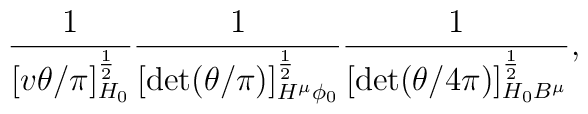
\frac{1}{[v\theta/\pi]_{H_{\scriptscriptstyle 0}}^{\frac{1}{2}}}  \frac{1}{[\det(\theta/\pi)]_{H^{\mu}\phi_{\scriptscriptstyle 0}}  ^{\frac{1}{2}}}  \frac{1}{[\det(\theta/4\pi)]_{H_{\scriptscriptstyle 0}B^{\mu}}  ^{\frac{1}{2}}},